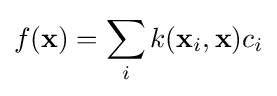
f(\mathbf {x} )=\sum _{i}k(\mathbf {x} _{i},\mathbf {x} )c_{i}